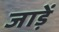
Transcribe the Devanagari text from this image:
जाड़ें